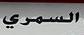
السمري